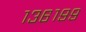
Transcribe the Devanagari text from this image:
१३६१९९